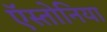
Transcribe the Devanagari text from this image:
ऍस्तोनिया